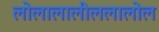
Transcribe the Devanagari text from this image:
लोलालालीललालोल